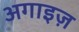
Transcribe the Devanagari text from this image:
अगाइज़